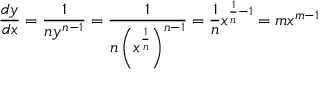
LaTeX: { \frac { d y } { d x } } = { \frac { 1 } { n y ^ { n - 1 } } } = { \frac { 1 } { n \left( x ^ { \frac { 1 } { n } } \right) ^ { n - 1 } } } = { \frac { 1 } { n } } x ^ { { \frac { 1 } { n } } - 1 } = m x ^ { m - 1 }